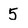
Character: 5